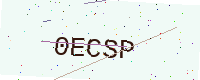
Text: 0ECSP